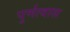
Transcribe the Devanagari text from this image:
पुर्णत्‍वास